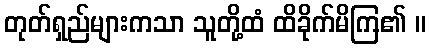
တုတ်ရှည်များကသာ သူတို့ထံ ထိခိုက်မိကြ၏ ။